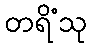
တရိံသု